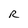
Character: R